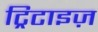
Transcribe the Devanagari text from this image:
ट्रिटाइज़